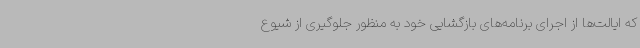
که ایالت‌ها از اجرای برنامه‌های بازگشایی خود به منظور جلوگیری از شیوع